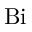
\mathrm { B i }